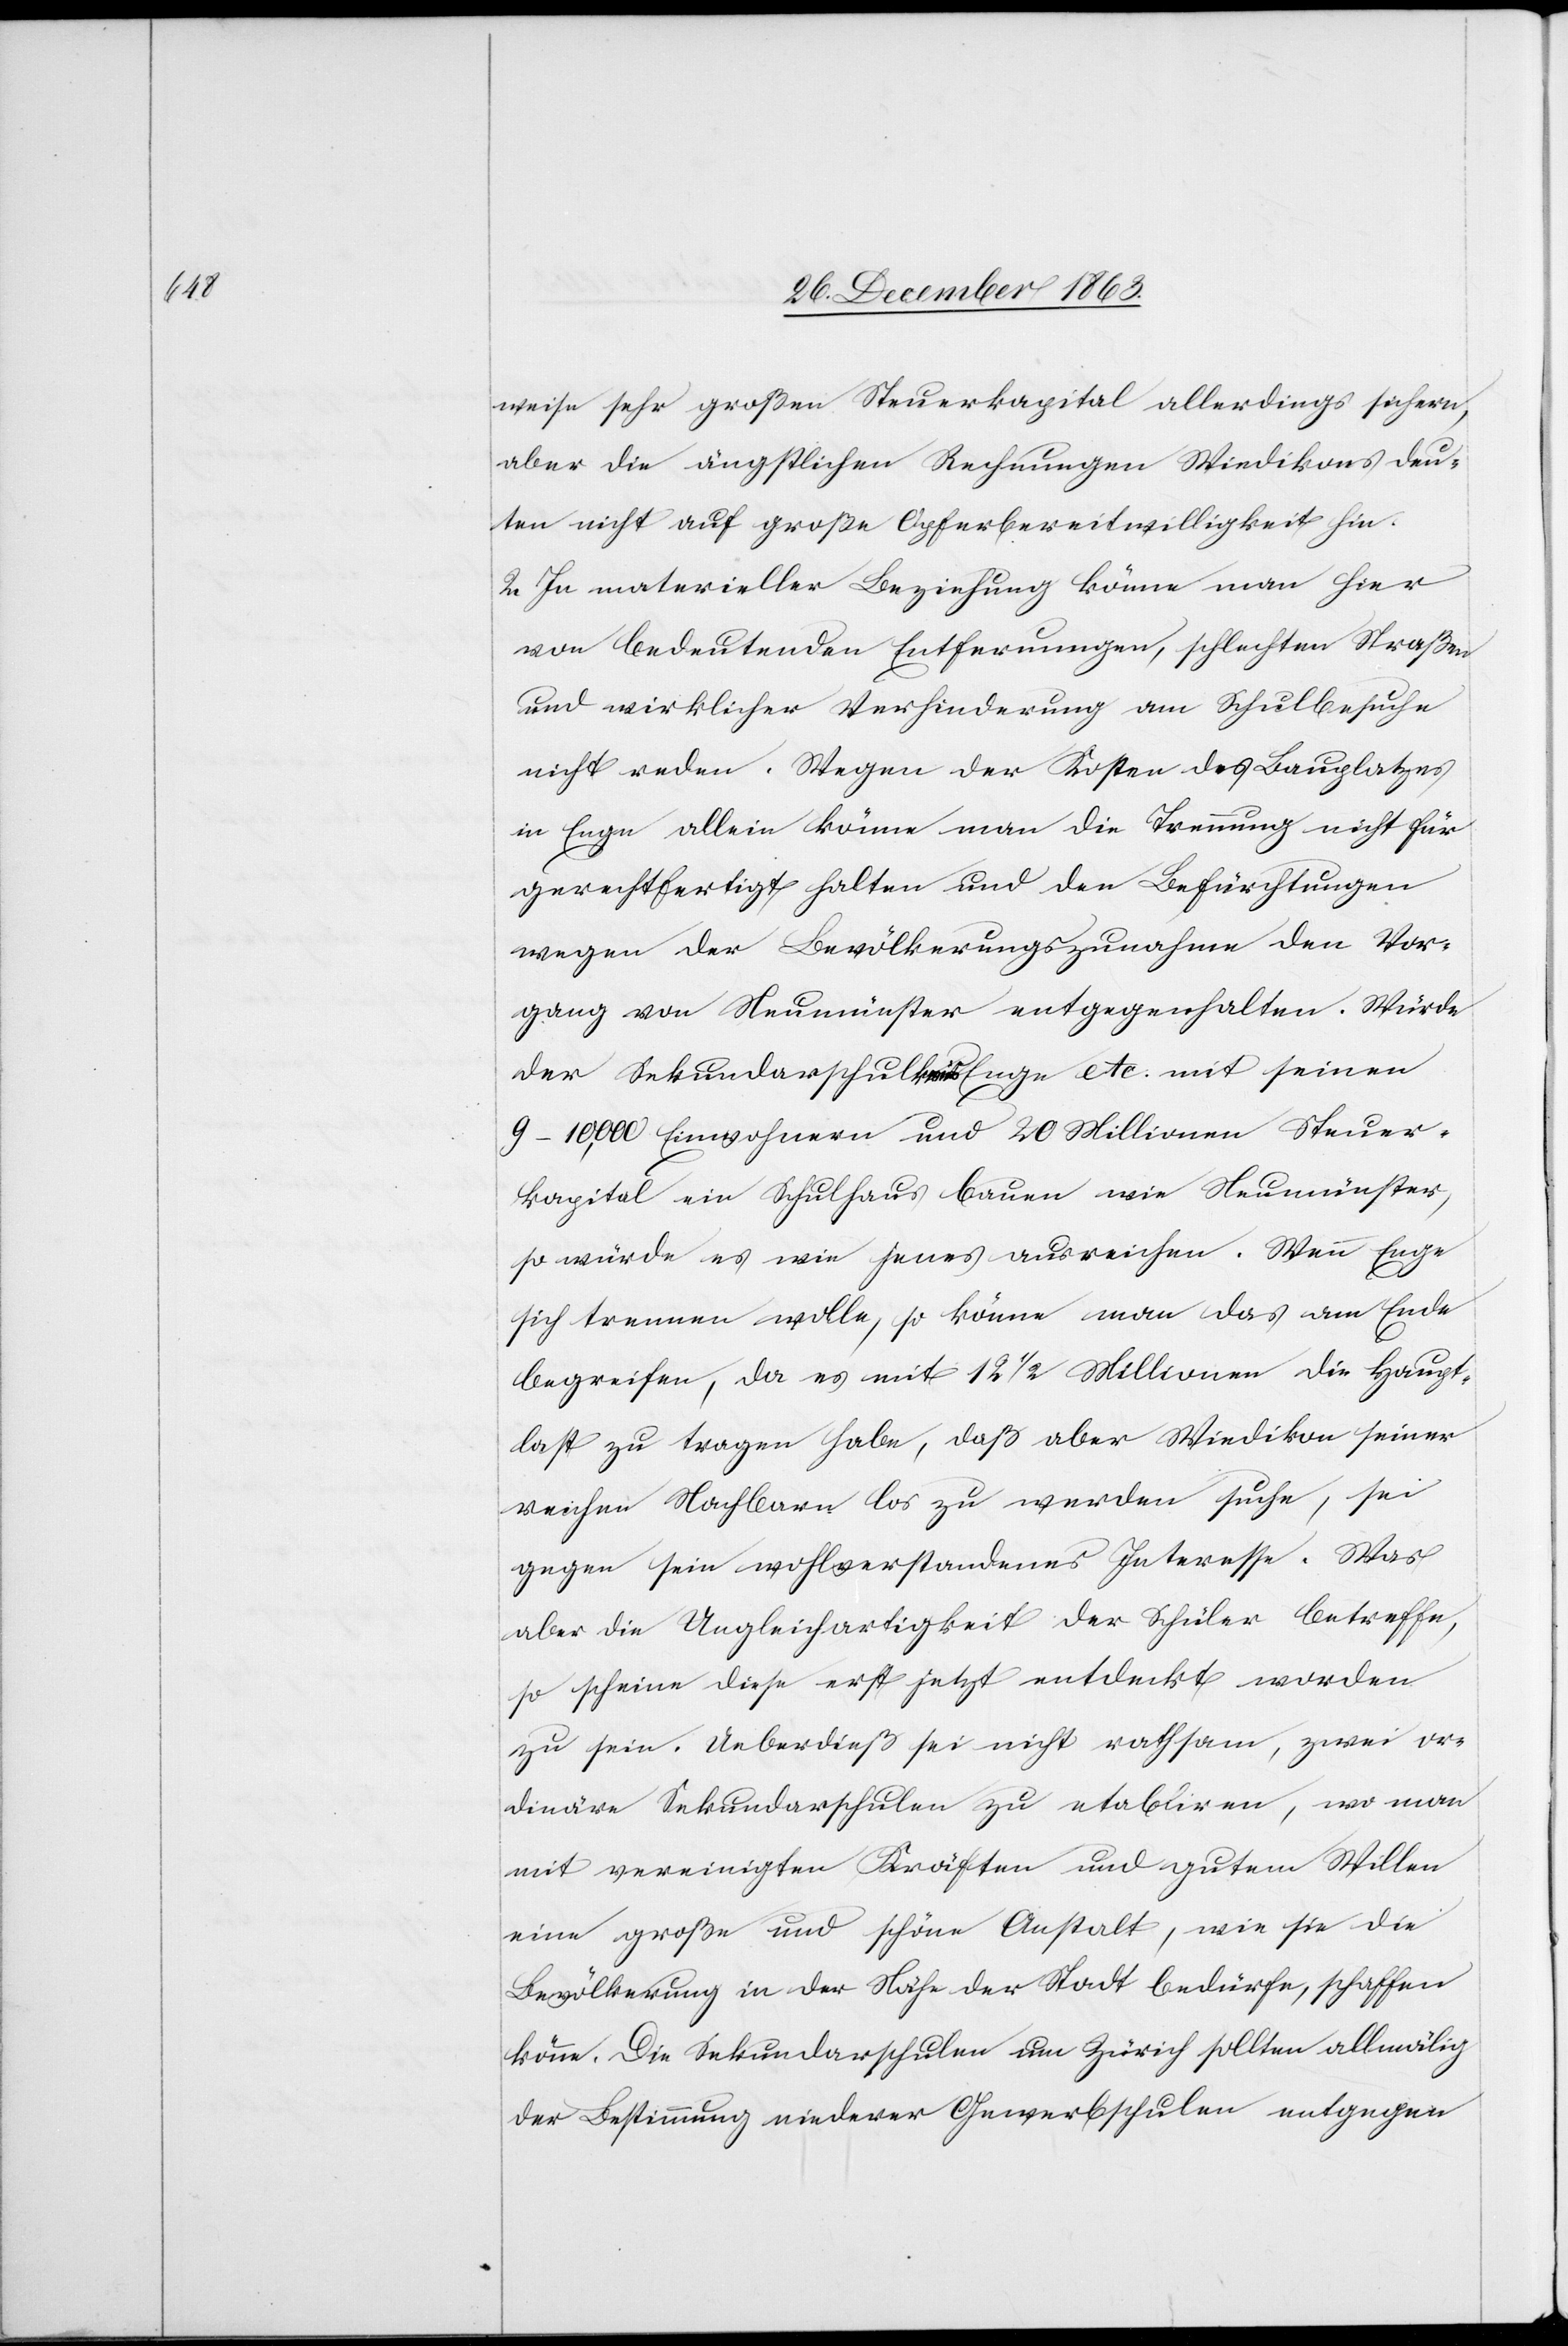
weise sehr großen Steuerkapital allerdings sichern,
aber die ängstlichen Rechnungen Wiedikons deu¬
ten nicht auf große Opferbereitwilligkeit hin.
2. In materieller Beziehung könne man hier
von bedeutenden Entfernungen, schlechten Straßen
und wirklicher Verhinderung am Schulbesuche
nicht reden. Wegen der Kosten des Bauplatzes
in Enge allein könne man die Trennung nicht für
gerechtfertigt halten und den Befürchtungen
wegen der Bevölkerungszunahme den Vor¬
gang von Neumünster entgegenhalten. Würde
der Sekundarschulkreis Enge etc. mit seinen
9–10,000 Einwohnern und 20 Millionen Steuer¬
kapital ein Schulhaus bauen wie Neumünster,
so würde es wie jenes ausreichen. Wenn Enge
sich trennen wolle, so könne man das am Ende
begreifen, da es mit 12 1/2 Millionen die Haupt¬
last zu tragen habe, daß aber Wiedikon seiner
reichen Nachbarn los zu werden suche, sei
gegen sein wohlverstandenes Interesse. Was
aber die Ungleichartigkeit der Schüler betreffe,
so scheine diese erst jetzt entdeckt worden
zu sein. Ueberdieß sei nicht rathsam, zwei or¬
dinäre Sekundarschulen zu etabliren, wo man
mit vereinigten Kräften und gutem Willen
eine große und schöne Anstalt, wie sie die
Bevölkerung in der Nähe der Stadt bedürfe, schaffen
könne. Die Sekundarschulen um Zürich sollten allmälig
der Bestimmung niederer Gewerbschulen entgegen